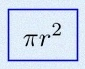
\pi r^2